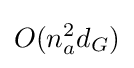
O(n_{a}^{2}d_{G})